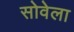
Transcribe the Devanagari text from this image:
सोवेला